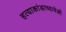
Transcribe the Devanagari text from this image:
हत्याकांडाच्यावेळी